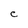
Character: C